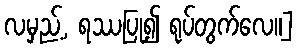
လမှည့်, ရဿပြု၍ ရုပ်တွက်လေ။]